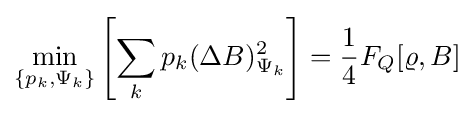
\min _{\{p_{k},\Psi _{k}\}}\left[\sum _{k}p_{k}(\Delta B)_{\Psi _{k}}^{2}\right]={\frac {1}{4}}F_{Q}[\varrho ,B]